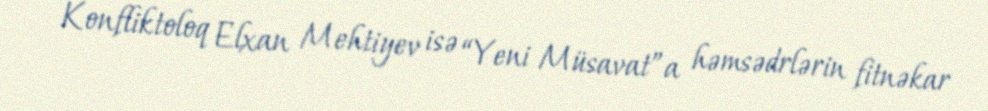
Konfliktoloq Elxan Mehtiyev isə “Yeni Müsavat”a həmsədrlərin fitnəkar